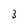
Character: 3